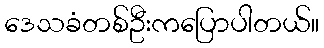
ဒေသခံတစ်ဦးကပြောပါတယ်။